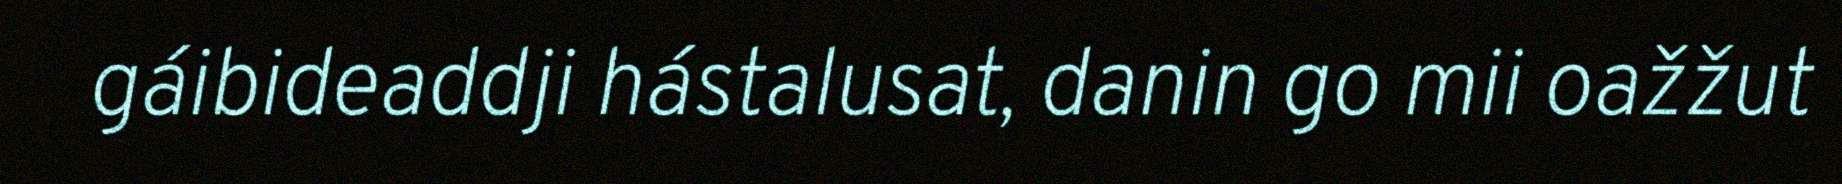
gáibideaddji hástalusat, danin go mii oažžut